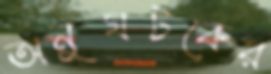
অনুঘটকের